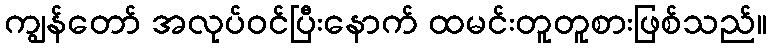
ကျွန်တော် အလုပ်ဝင်ပြီးနောက် ထမင်းတူတူစားဖြစ်သည်။